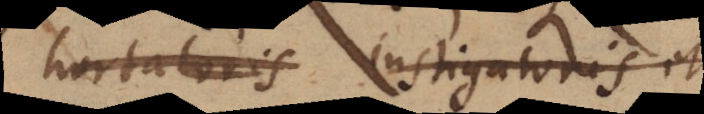
hortatoris instigatoris et